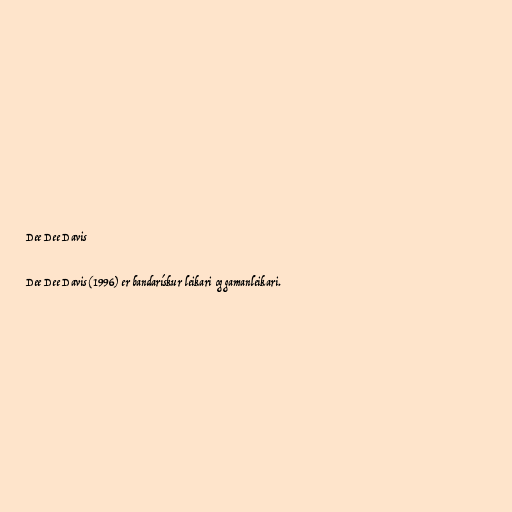
Dee Dee Davis

Dee Dee Davis (1996) er bandarískur leikari og gamanleikari.